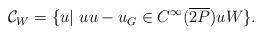
LaTeX: \begin{align*}\begin{aligned}\mathcal C_{W}=\{u|~u u-u_G\in C^{\infty}(\overline{2P}) u W\}.\end{aligned}\end{align*}